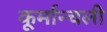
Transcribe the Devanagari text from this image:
कूर्मान्चली